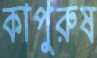
কাপুরুষ